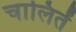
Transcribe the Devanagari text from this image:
चालितें